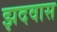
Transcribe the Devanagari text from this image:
झदवास